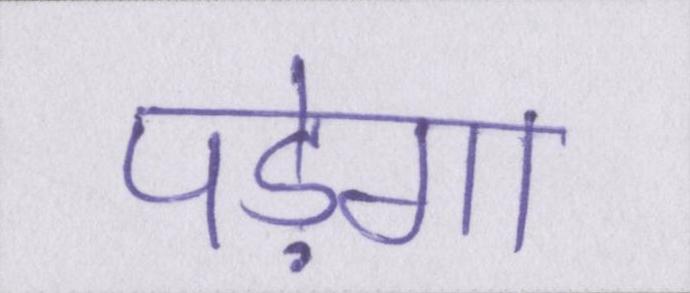
पड़ेगा